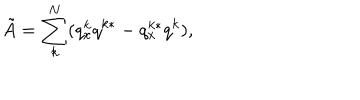
\tilde { A } = \sum _ { k } ^ { N } ( q _ { x } ^ { k } q ^ { k * } - q _ { x } ^ { k * } q ^ { k } ) ,